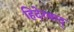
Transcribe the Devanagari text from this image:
हिदेरबाद्